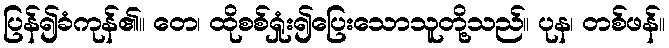
ပြန်၍ခံကုန်၏။ တေ၊ ထိုစစ်ရှုံး၍ပြေးသောသူတို့သည်။ ပုန၊ တစ်ဖန်။